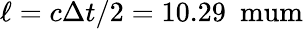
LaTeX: \ell=c\Delta t/2=10.29~\mathrm{\ mum}